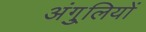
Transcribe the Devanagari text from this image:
अंगु्लियों